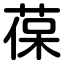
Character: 葆